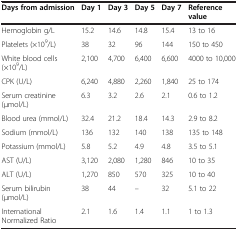
<table><thead><tr><td><b>Days from admission</b></td><td><b>Day 1</b></td><td><b>Day 3</b></td><td><b>Day 5</b></td><td><b>Day 7</b></td><td><b>Reference value</b></td></tr></thead><tbody><tr><td>Hemoglobin g/L</td><td>15.2</td><td>14.6</td><td>14.8</td><td>15.4</td><td>13 to 16</td></tr><tr><td>Platelets (×10<sup>9</sup>/L)</td><td>38</td><td>32</td><td>96</td><td>144</td><td>150 to 450</td></tr><tr><td>White blood cells (×10<sup>9</sup>/L)</td><td>2,100</td><td>4,700</td><td>6,400</td><td>6,600</td><td>4000 to 10,000</td></tr><tr><td>CPK (U/L)</td><td>6,240</td><td>4,880</td><td>2,260</td><td>1,840</td><td>25 to 174</td></tr><tr><td>Serum creatinine (μmol/L)</td><td>6.3</td><td>3.2</td><td>2.6</td><td>2.1</td><td>0.6 to 1.2</td></tr><tr><td>Blood urea (mmol/L)</td><td>32.4</td><td>21.2</td><td>18.4</td><td>14.3</td><td>2.9 to 8.2</td></tr><tr><td>Sodium (mmol/L)</td><td>136</td><td>132</td><td>140</td><td>138</td><td>135 to 148</td></tr><tr><td>Potassium (mmol/L)</td><td>5.8</td><td>5.2</td><td>4.9</td><td>4.8</td><td>3.5 to 5.1</td></tr><tr><td>AST (U/L)</td><td>3,120</td><td>2,080</td><td>1,280</td><td>846</td><td>10 to 35</td></tr><tr><td>ALT (U/L)</td><td>1,270</td><td>850</td><td>570</td><td>325</td><td>10 to 40</td></tr><tr><td>Serum bilirubin (μmol/L)</td><td>38</td><td>44</td><td>–</td><td>32</td><td>5.1 to 22</td></tr><tr><td>International Normalized Ratio</td><td>2.1</td><td>1.6</td><td>1.4</td><td>1.1</td><td>1 to 1.3</td></tr></tbody></table>